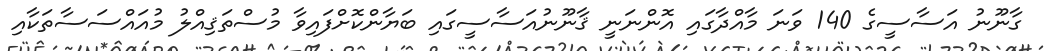
ގާނޫނު އަސާސީގެ 140 ވަނަ މާއްދާގައި އޮންނަނީ ޤާނޫނުއަސާސީގައި ބަޔާންކޮށްފައިވާ މުސްތަޤިއްލު މުއައްސަސާތަކާއި